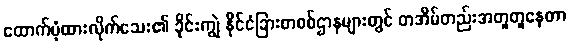
ထောက်ပံ့ထားလိုက်သေး၏ ခိုင်းကျွဲ နိုင်ငံခြားစာစစ်ဌာနများတွင် တအိမ်တည်းအတူတူနေတာ